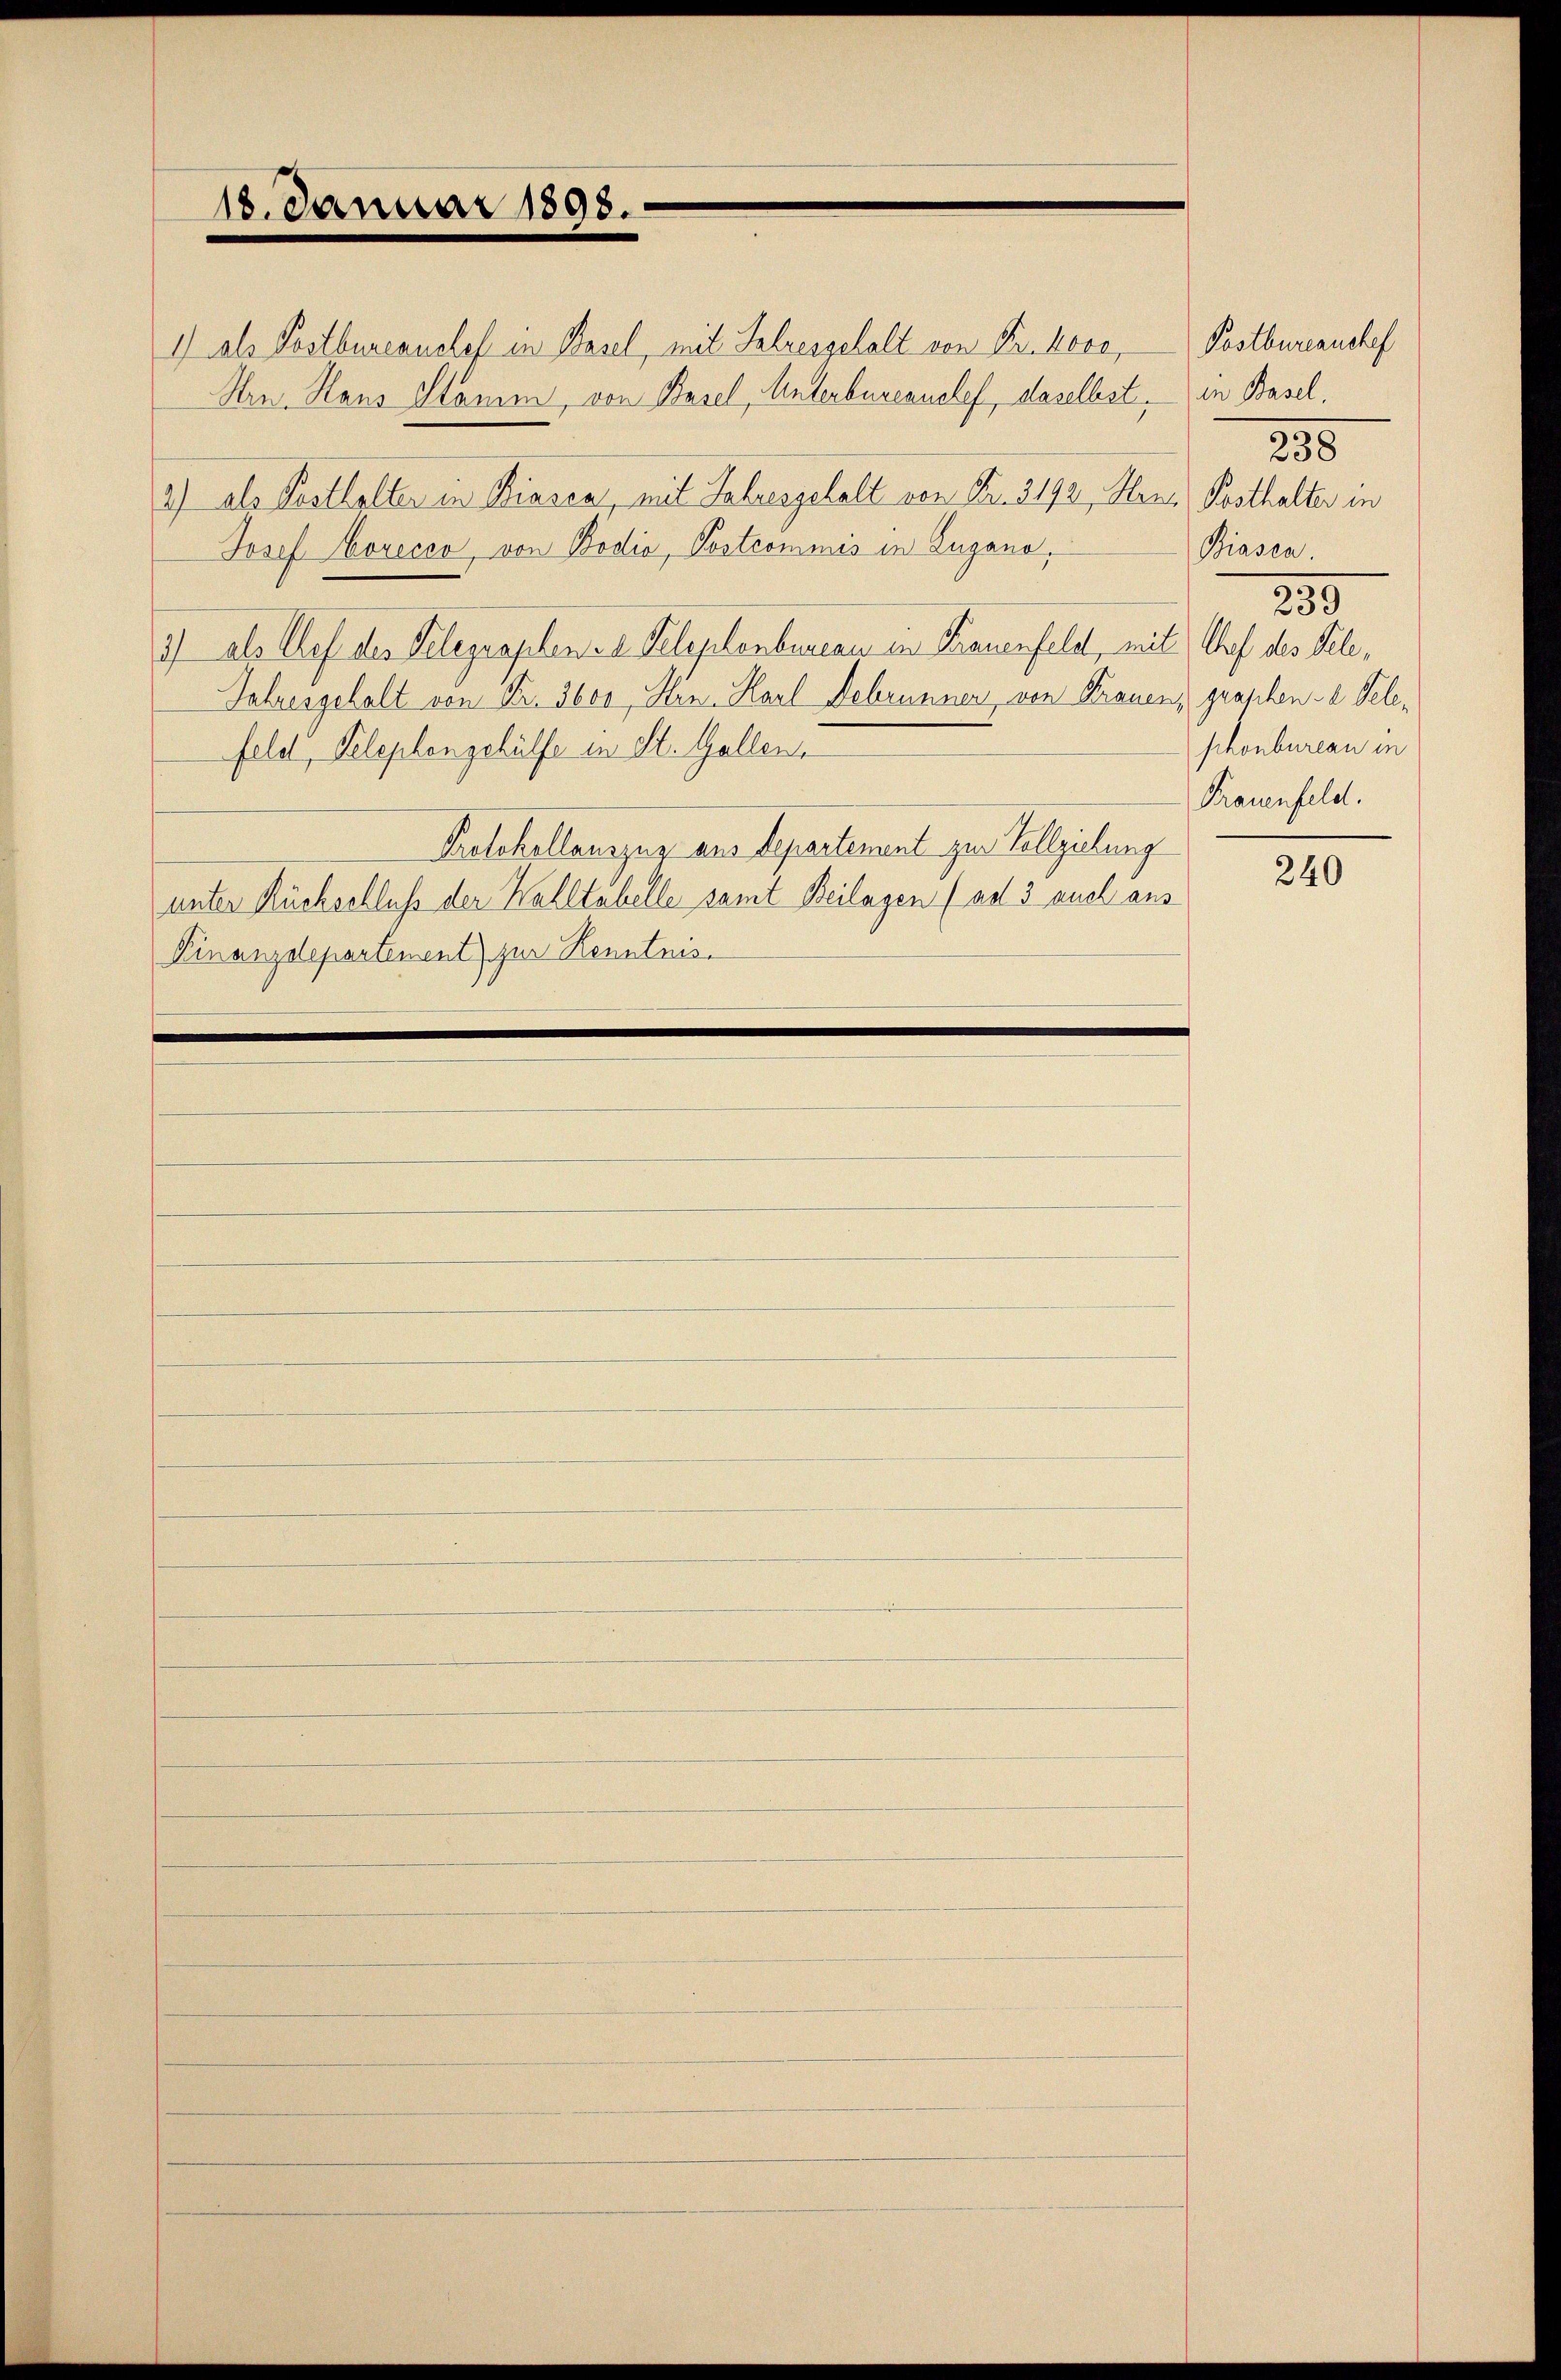
18. Januar 1898.

1) als Postbureaushof in Basel, mit Salzesgehalt von Fr. hove,
Hrn. Haus Stamm, von Basel, Unterbureauslef, daselbst, in Basel,
2.) als Posthalter in Biesen, mit Jahresgehalt von Fr. 3192, Hans Posthalter in
Josef Porecco, von Bodia, Postcommis in Zugano,
1) als Chef des Telegraphen-a Telephonbureau in Frauenfeld, mit Auf des Tele¬
Jahresgehalt von Fr. 3600, Hrn. Karl Februnner von Frauen, graschen-a Telefeld, Telephongehülfe in St. Gallen,
Protokollauszug aus Departement zur Vollziehung
unter Rückschluß der Walltabelle samt Beilagen (ad 3 auch aus
Finanzdepartement) zur Kenntnis.

Postbureaushef
235
Biasen.
230
phonbureau in
Frauenfeld.

240